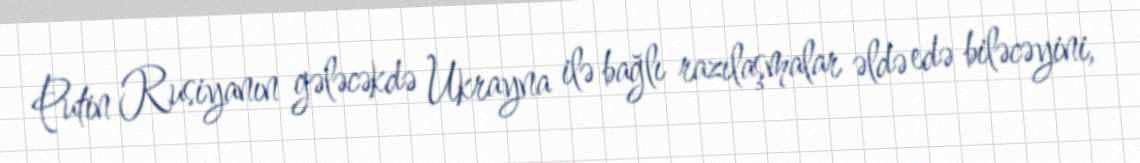
Putin Rusiyanın gələcəkdə Ukrayna ilə bağlı razılaşmalar əldə edə biləcəyini,